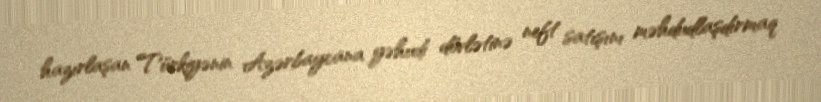
hazırlaşan Türkiyənin Azərbaycana yəhudi dövlətinə neft satışını məhdudlaşdırmaq